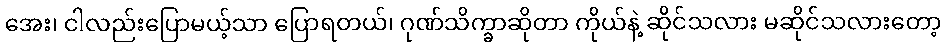
အေး၊ ငါလည်းပြောမယ့်သာ ပြောရတယ်၊ ဂုဏ်သိက္ခာဆိုတာ ကိုယ်နဲ့ ဆိုင်သလား မဆိုင်သလားတော့